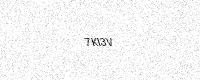
Text: 7KI3V